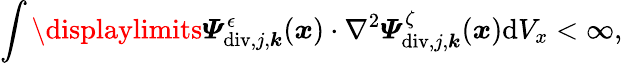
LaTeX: \int\displaylimits\boldsymbol{\varPsi}_{\mathrm{div},j,\boldsymbol{k}}^{\epsilon}(\boldsymbol{x})\cdot\nabla^{2}\boldsymbol{\varPsi}_{\mathrm{div},j,\boldsymbol{k}}^{\zeta}(\boldsymbol{x})\mathrm{d}V_{x}<\infty,